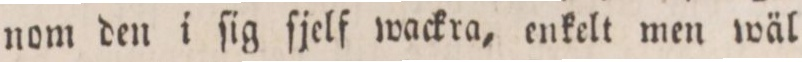
nom den i ſig ſjelf wackra, enkelt men wäl